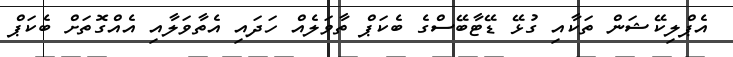
އެޕްލިކޭޝަން ތަކާއި ގުޅޭ ޑޭޓާބޭސްގެ ބެކަޕް ތާވަލެއް ހަދައި އެތާވަލާއި އެއްގޮތަށް ބެކަޕް